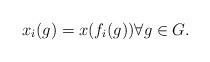
LaTeX: \begin{align*} x_i(g) = x( f_i(g)) \forall g \in G.\end{align*}